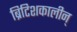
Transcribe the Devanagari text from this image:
ब्रिटिशकालीन्